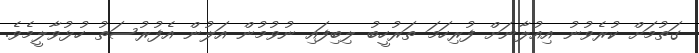
ގަތުމަށް ކުރެވުނު އިއުލާނަށް ފުރިހަމަ ތަރުހީބު ލިބިފައި ނުވުމުން އަލުން އެފުރުސަތު ހުޅުވާލީމެވެ.